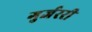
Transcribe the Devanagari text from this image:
गुर्जररी